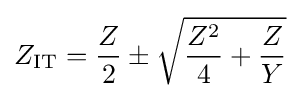
Z_{\mathrm {IT} }={Z \over 2}\pm {\sqrt {{Z^{2} \over 4}+{Z \over Y}}}